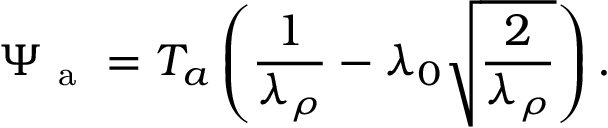
\Psi _ { \mathrm { ~ a ~ } } = T _ { a } \left( \frac { 1 } { \lambda _ { \rho } } - \lambda _ { 0 } \sqrt { \frac { 2 } { \lambda _ { \rho } } } \right) .